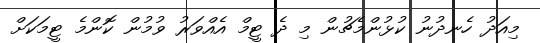
މިއަދު ހެނދުނު ކުޅުންމެޗުން މި ދެ ޓީމް އެއްވަރު ވުމުން ކޮންމެ ޓީމަކަށް